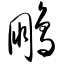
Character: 鹏